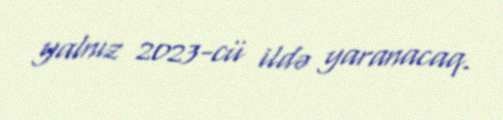
yalnız 2023-cü ildə yaranacaq.